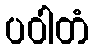
ပဝါတံ